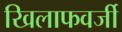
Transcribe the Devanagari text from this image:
खिलाफवर्जी